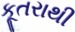
કૂતરાથી